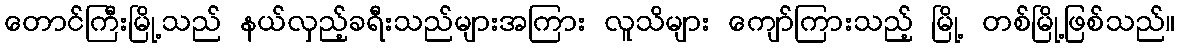
တောင်ကြီးမြို့သည် နယ်လှည့်ခရီးသည်များအကြား လူသိများ ကျော်ကြားသည့် မြို့ တစ်မြို့ဖြစ်သည်။